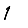
Digit: 1